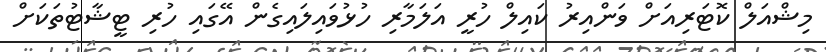
މިޝްއަލް ކޮޓަރިއަށް ވަންއިރު ކައިލް ހުރީ އަލަމާރި ހުޅުވައިލައިގެން އޭގައި ހުރި ޓީޝާޓުތަކަށް